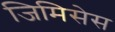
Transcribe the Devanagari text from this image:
जिमिसेस